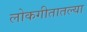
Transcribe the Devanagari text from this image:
लोकगीतातल्या